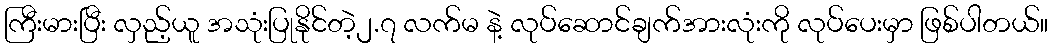
ကြီးမားပြီး လှည့်ယူ အသုံးပြုနိုင်တဲ့၂.၇ လက်မ နဲ့ လုပ်ဆောင်ချက်အားလုံးကို လုပ်ပေးမှာ ဖြစ်ပါတယ်။